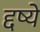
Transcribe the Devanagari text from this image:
द्दष्ये